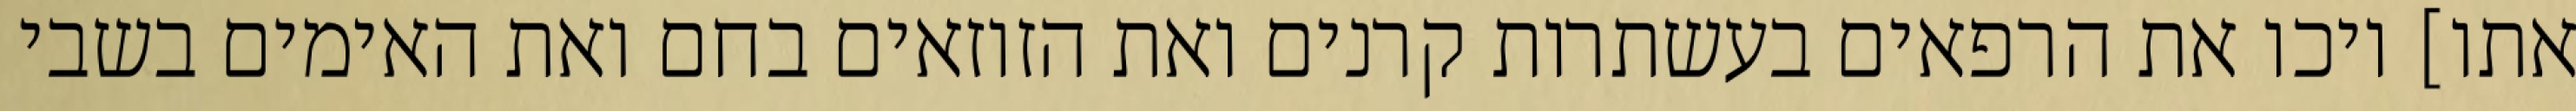
אתו] ויכו את הרפאים בעשתרות קרנים ואת הזוזאים בחם ואת האימים בשבי